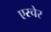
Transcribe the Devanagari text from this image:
एस्चेर